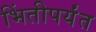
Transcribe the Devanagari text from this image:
भिंतीपर्यंत